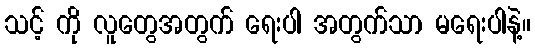
သင့် ကို လူတွေအတွက် ရေးပါ အတွက်သာ မရေးပါနဲ့။